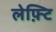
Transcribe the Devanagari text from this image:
लेफ़्टि